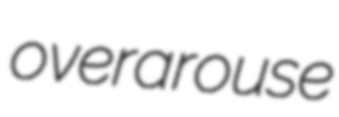
overarouse